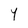
Character: Y